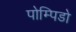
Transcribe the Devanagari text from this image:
पोम्पिडो